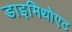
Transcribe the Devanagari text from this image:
डाइमिथोएट